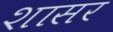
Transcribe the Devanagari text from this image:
शासर